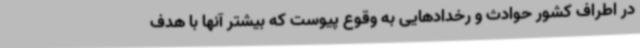
در اطراف کشور حوادث و رخدادهایی به وقوع پیوست که بیشتر آنها با هدف